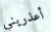
أعذريني